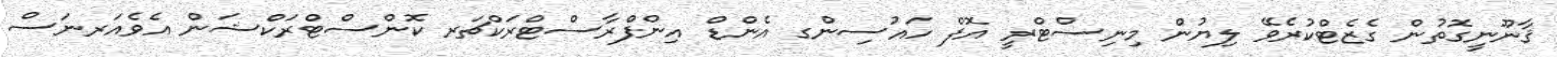
ޤާނޫނީގޮތުން ގެޒެޓްކުރެވޭ ލިޔުން މިނިސްޓްރީ އޮފް ހައުސިންގ އެންޑް އިންފްރާސްޓްރަކްޗަރ ކޮންސްޓްރަކްޝަން އެވެއަރނަސް